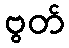
ဗွတ်